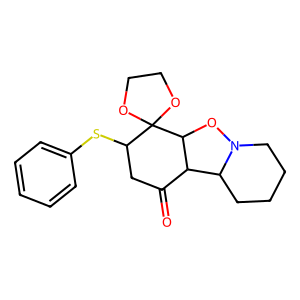
SMILES: O=C1CC(Sc2ccccc2)C2(OCCO2)C2ON3CCCCC3C12
Inhibits HIV replication: No